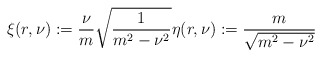
\begin{align*}\xi(r,\nu):=\frac{\nu}{m}\sqrt{\frac{1}{m^2-\nu^2}} \eta(r,\nu):=\frac{m}{\sqrt{m^2-\nu^2}}\end{align*}